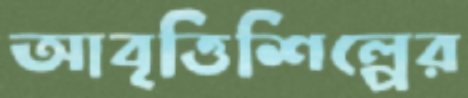
আবৃত্তিশিল্পের